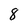
Character: 8